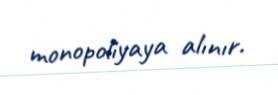
monopoliyaya alınır.